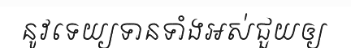
នូវទេយ្យទានទាំងអស់ជួយឲ្យ